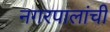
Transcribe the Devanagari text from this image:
नगरपालांची